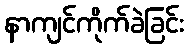
နာကျင်ကိုက်ခဲခြင်း